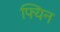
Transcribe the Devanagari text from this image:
फ्यिन